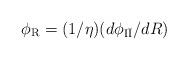
LaTeX: \begin{align*}\phi_{\rm R} = (1/\eta)(d\phi_{\rm I\bar I}/dR)\end{align*}